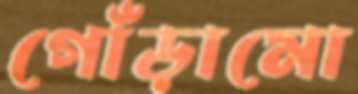
গোঁড়ামো